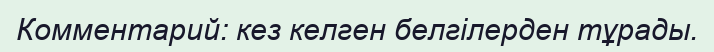
Комментарий: кез келген белгілерден тұрады.